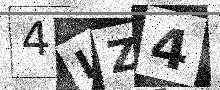
Text: 4IZ4